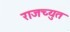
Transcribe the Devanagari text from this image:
राजच्युत